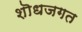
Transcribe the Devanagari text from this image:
शॊधजगत